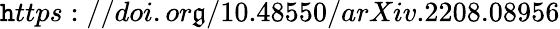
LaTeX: {\mathtt{h}ttps://doi.or\mathfrak{g}/10.48550/arXiv.2208.08956}